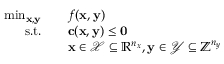
\begin{array} { r l } { \operatorname* { m i n } _ { \mathbf { x } , \mathbf { y } } \quad } & { f ( \mathbf { x } , \mathbf { y } ) } \\ { \mathrm { s . t . } \quad } & { \mathbf { c } ( \mathbf { x } , \mathbf { y } ) \leq \mathbf { 0 } } \\ & { \mathbf { x } \in \mathcal { X } \subseteq \mathbb { R } ^ { n _ { x } } , \mathbf { y } \in \mathcal { Y } \subseteq \mathbb { Z } ^ { n _ { y } } } \end{array}